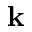
\mathbf { k }